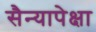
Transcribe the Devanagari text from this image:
सैन्यापेक्षा